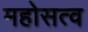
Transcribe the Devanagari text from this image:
महोसत्व